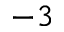
- 3